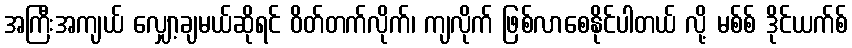
အကြီးအကျယ် လျှော့ချမယ်ဆိုရင် ဝိတ်တက်လိုက်၊ ကျလိုက် ဖြစ်လာစေနိုင်ပါတယ် လို့ မစ်စ် ဒိုင်ယက်စ်